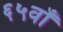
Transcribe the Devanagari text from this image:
६५वाँ